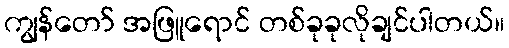
ကျွန်တော် အဖြူရောင် တစ်ခုခုလိုချင်ပါတယ်။